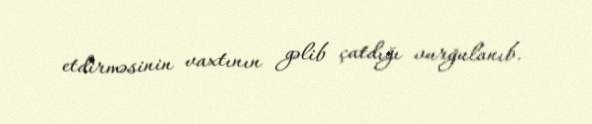
etdirməsinin vaxtının gəlib çatdığı vurğulanıb.